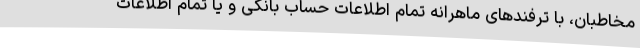
مخاطبان، با ترفندهای ماهرانه تمام اطلاعات حساب بانکی و یا تمام اطلاعات